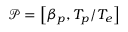
\mathcal { P } = \left[ \beta _ { p } , T _ { p } / T _ { e } \right]